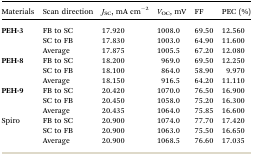
<table><thead><tr><td><b>Materials</b></td><td><b>Scan direction</b></td><td><b><i>J</i><sub>SC</sub>, mA cm<sup>–2</sup></b></td><td><b><i>V</i><sub>OC</sub>, mV</b></td><td><b>FF</b></td><td><b>PEC (%)</b></td></tr></thead><tbody><tr><td rowspan="3"><b>PEH-3</b></td><td>FB to SC</td><td>17.920</td><td>1008.0</td><td>69.50</td><td>12.560</td></tr><tr><td>SC to FB</td><td>17.830</td><td>1003.0</td><td>64.90</td><td>11.600</td></tr><tr><td>Average</td><td>17.875</td><td>1005.5</td><td>67.20</td><td>12.080</td></tr><tr><td rowspan="3"><b>PEH-8</b></td><td>FB to SC</td><td>18.200</td><td>969.0</td><td>69.50</td><td>12.250</td></tr><tr><td>SC to FB</td><td>18.100</td><td>864.0</td><td>58.90</td><td>9.970</td></tr><tr><td>Average</td><td>18.150</td><td>916.5</td><td>64.20</td><td>11.110</td></tr><tr><td rowspan="3"><b>PEH-9</b></td><td>FB to SC</td><td>20.420</td><td>1070.0</td><td>76.50</td><td>16.900</td></tr><tr><td>SC to FB</td><td>20.450</td><td>1058.0</td><td>75.20</td><td>16.300</td></tr><tr><td>Average</td><td>20.435</td><td>1064.0</td><td>75.85</td><td>16.600</td></tr><tr><td rowspan="3">Spiro</td><td>FB to SC</td><td>20.900</td><td>1074.0</td><td>77.70</td><td>17.420</td></tr><tr><td>SC to FB</td><td>20.900</td><td>1063.0</td><td>75.50</td><td>16.650</td></tr><tr><td>Average</td><td>20.900</td><td>1068.5</td><td>76.60</td><td>17.035</td></tr></tbody></table>